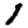
Digit: 1